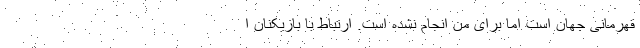
قهرمانی جهان است اما برای من انجام نشده است. ارتباط با بازیکنان ا